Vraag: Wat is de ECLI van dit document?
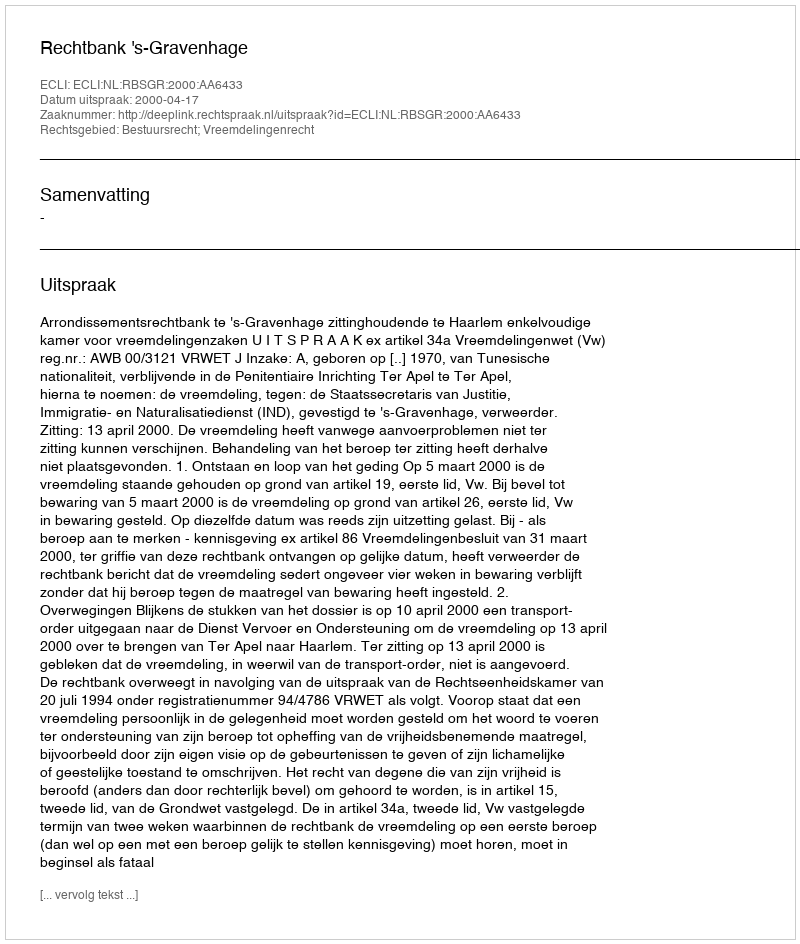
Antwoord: ECLI:NL:RBSGR:2000:AA6433